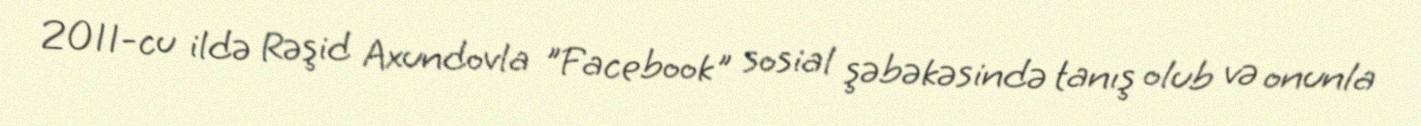
2011-cu ildə Rəşid Axundovla "Facebook" sosial şəbəkəsində tanış olub və onunla